Annual report of the Punjab Veterinary College and of the Civil Veterinary Department, Punjab - 1920-1925
Year: 1920
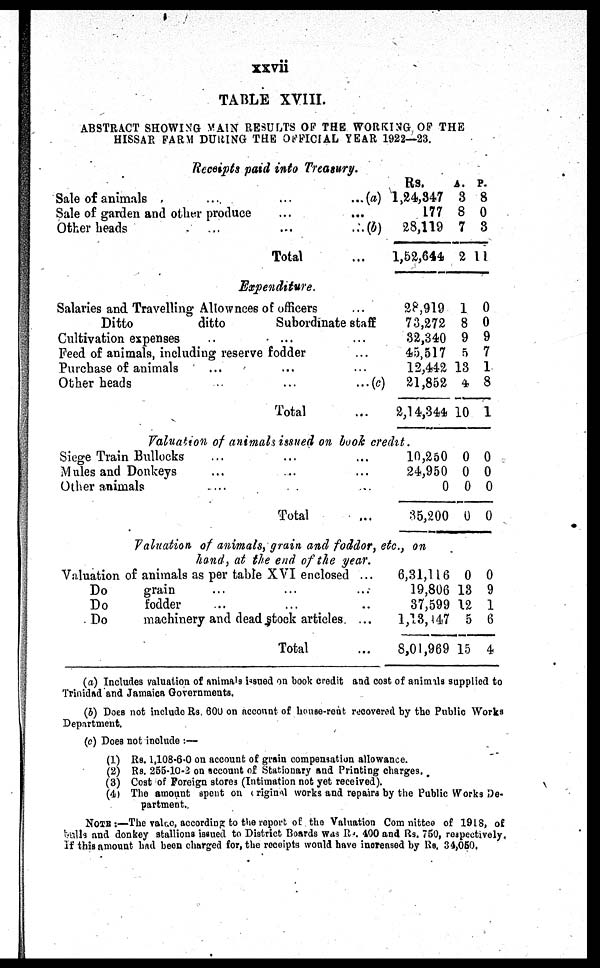
xxvii
TABLE XVIII.
ABSTRACT SHOWING MAIN RESULTS OF THE WORKING OF THE
HISSAR FARM DURING THE OFFICIAL YEAR 1922—23.
Receipts paid into Treasury.
Sale of
animals...
Sale of garden and other produce...
Other
heads...
Total
...(a)
...
...(b)
...1
Rs.
1,24,347
177
28,119
,62,644
A.
8
8
7
2
P.
8
0
8
11
Expenditure.
Salaries and Travelling Allownces of officers
Ditto
ditto
Subordinate staff
Cultivation expenses ... ...
Feed of animals, including reserve fodder ...
Purchase of animals ... ...
Other heads
...
...(c)
Total ...
28,919
73,272
82,340
45,517
12,442
21,852
2,14,344
1
8
9
5
13
4
10
0
0
9
7
1
8
1
Valuation of animals issued on book credit.
Siege Train Bullocks
...... ...
Mules and Donkeys.........
Other animals...
......
Total ...
10,250
24,950
0
35,200
0
0
0
0
0
0
0
0
Valuation of animals, grain and foddor, etc., on
hand, at the end of the year.
Valuation of animals as per table XVI enclosed...
Do
grain
...
...
...
Do
fodder
...
...
...
Do
machinery and dead stock articles....
Total...
6,31,116
19,806
37,599
1,13,447
8,01,969
0
13
12
5
15
0
9
1
6
4
(a) Includes valuation of animals issued on book credit and cost of animals supplied to
Trinidad and Jamaica Governments.
(b) Does not include Rs. 600 on account of house-rent recovered by the Public Works
Department.
(c) Does not include:—
(1) Rs. 1,108-6-0 on account of grain compensation allowance.
(2) Rs. 255-10-2 on account of Stationary and Printing charges.
(3) Cost of Foreign stores (Intimation not yet received).
(4) The amount spent on original works and repairs by the Public Works De-
partment.
NOTE:—The value, according to the report of the Valuation Committee of 1918, of
bulls and donkey stallions issued to District Boards was Rs. 400 and Rs. 750, respectively.
If this amount had been charged for, the receipts would have increased by Rs. 34,050.